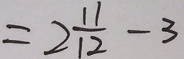
= 2 \frac { 1 1 } { 1 2 } - 3